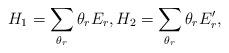
LaTeX: \begin{align*}H_1=\sum_{\theta_r} \theta_r E_r,H_2=\sum_{\theta_r} \theta_r E_r', \end{align*}